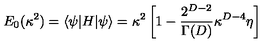
E _ { 0 } ( \kappa ^ { 2 } ) = \langle \psi | H | \psi \rangle = \kappa ^ { 2 } \left[ 1 - { \frac { 2 ^ { D - 2 } } { \Gamma ( D ) } } \kappa ^ { D - 4 } \eta \right]